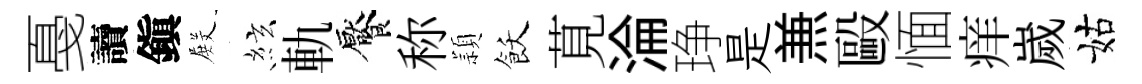
戞讀鎭𭮺絃軌饜称頴飫莧淪琤是𠔥毆愐痒嵗姑